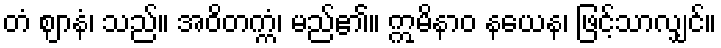
တံ ဈာနံ၊ သည်။ အဝိတက္ကံ၊ မည်၏။ ဣမိနာဝ နယေန၊ ဖြင့်သာလျှင်။